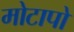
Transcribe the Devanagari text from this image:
मोटापो